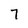
Character: 7